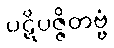
ပဋိပဇ္ဇိတဗ္ဗံ